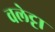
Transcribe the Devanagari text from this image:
वलेट्टा